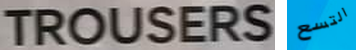
TROUSERS التسع